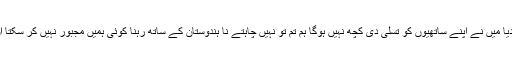
میں بھی تڑپامیرے ساتھی بھی یہی وقت تھا جب ہندوستان نے غاصبانہ قبضے کا آغاز کردیا میں نے اپنے ساتھیوں کو تسلی دی کچھ نہیں ہوگا ہم تم تو نہیں چاہتے نا ہندوستان کے ساتھ رہنا کوئی ہمیں مجبور نہیں کر سکتا ان شاءاللہ ایک دن ہم اپنی خودمختاری منوا کے رہیں گے اور آزادی حاصل کرکے رہینگے۔